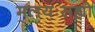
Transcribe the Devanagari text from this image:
मलयःसह्यो